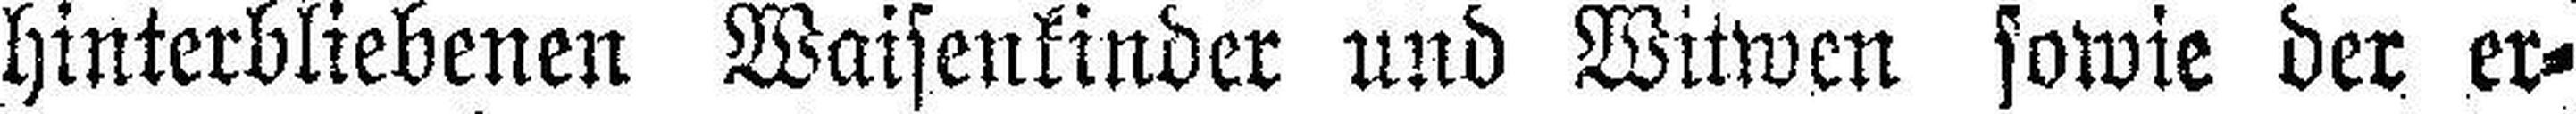
Hinterbliebenen Waisenkinder und Witwen sowie der er¬